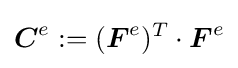
{\boldsymbol {C}}^{e}:=({\boldsymbol {F}}^{e})^{T}\cdot {\boldsymbol {F}}^{e}